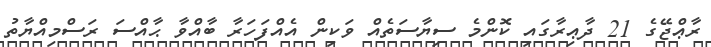
ރާޢްޖޭގެ 21 ދާޢިރާގައި ކޮންމެ ސިޔާސަތެއް ވަކިން އެއްފަހަރާ ބާއްވާ ޙާއްސަ ރަސްމިއްޔާތު